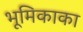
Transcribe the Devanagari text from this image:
भूमिकाका